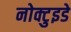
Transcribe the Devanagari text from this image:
नोक्टुइडे